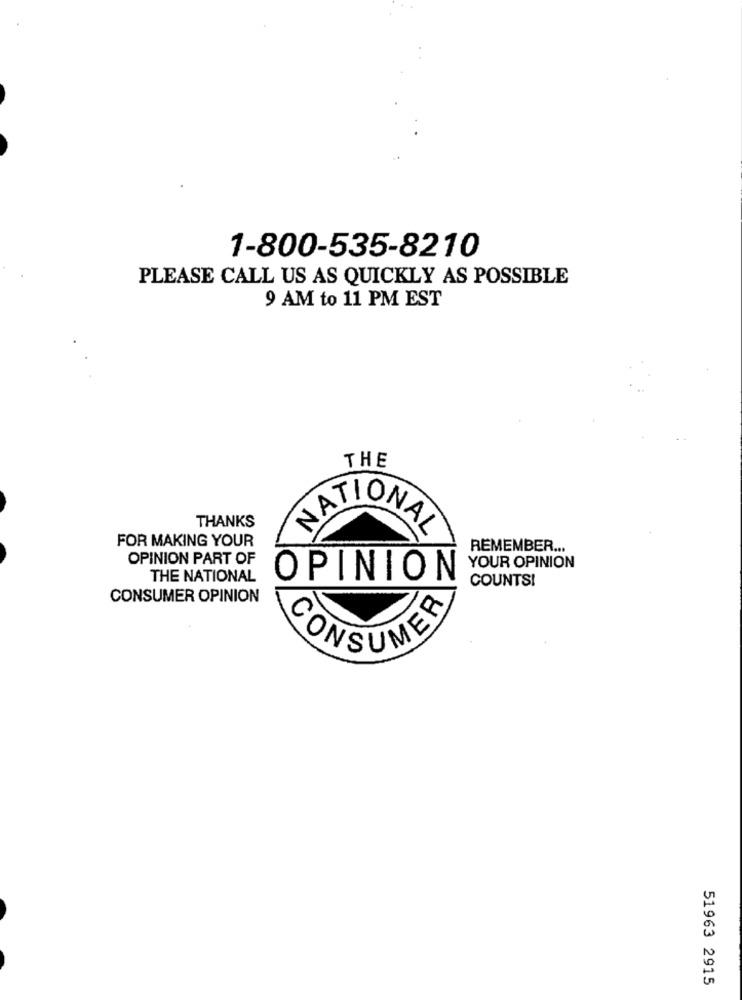
1-800-535-8210
PLEASE CALL US AS QUICKLY AS POSSIBLE
9 AM to 11 PM EST
THE
THANKS
NATIONAL
FOR MAKING YOUR
REMEMBER ...
OPINION PART OF
YOUR OPINION
THE NATIONAL
OPINION
COUNTS!
CONSUMER OPINION
CONSUMER
51963 2915